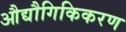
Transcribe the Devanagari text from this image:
औद्यौगिकिकरण